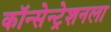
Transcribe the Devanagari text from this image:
कॉन्सेन्ट्रेशनला